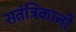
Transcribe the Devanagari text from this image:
सतंत्रिकानी